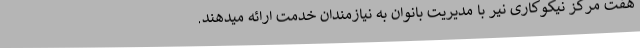
هفت مرکز نیکوکاری نیر با مدیریت بانوان به نیازمندان خدمت ارائه میدهند.